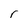
Character: r